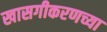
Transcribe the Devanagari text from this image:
खासगीकरणच्या